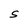
Character: S